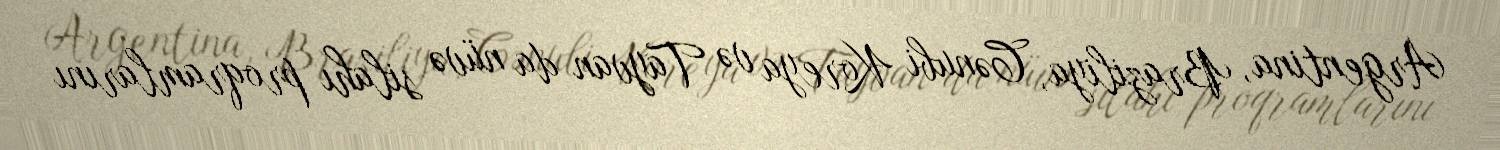
Argentina, Braziliya, Cənubi Koreya və Tayvan da nüvə silahı proqramlarını